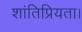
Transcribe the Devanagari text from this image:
शांतिप्रियता।